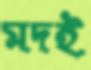
মদই